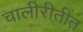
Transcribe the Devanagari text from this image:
चालीरीतींत